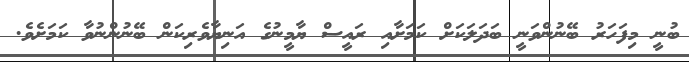
ބުނީ މިފަހަރު ބޭނުންވަނީ ބަދަލަކަށް ކަމަށާއި ރައީސް ޔާމީނުގެ އަނިޔާވެރިކަން ބޭނުންނުވާ ކަަމަށެވެ.